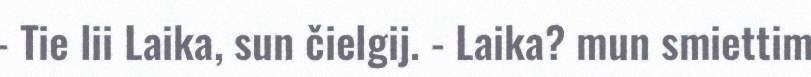
- Tie lii Laika, sun čielgij. - Laika? mun smiettim